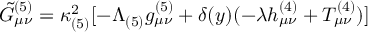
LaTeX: \tilde { G } _ { \mu \nu } ^ { ( 5 ) } = \kappa _ { ( 5 ) } ^ { 2 } [ - \Lambda _ { ( 5 ) } g _ { \mu \nu } ^ { ( 5 ) } + \delta ( y ) ( - \lambda h _ { \mu \nu } ^ { ( 4 ) } + T _ { \mu \nu } ^ { ( 4 ) } ) ]